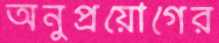
অনুপ্রয়োগের